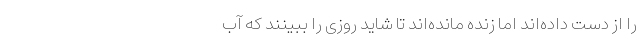
را از دست داده‌اند اما زنده مانده‌اند تا شاید روزی را ببینند که آب